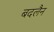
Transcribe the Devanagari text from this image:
बदलैन